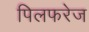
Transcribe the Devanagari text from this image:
पिलफरेज